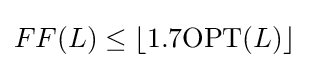
FF(L)\leq \lfloor 1.7\mathrm {OPT} (L)\rfloor